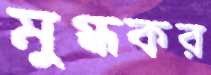
মুগ্ধকর